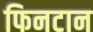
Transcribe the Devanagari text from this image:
फिनटान